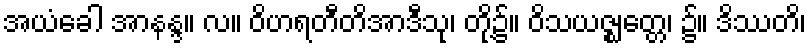
အယံခေါ အာနန္ဒ။ လ။ ဝိဟရတီတိအာဒီသု၊ တို့၌။ ဝိသယဇ္ဈတ္တေ၊ ၌။ ဒိဿတိ၊